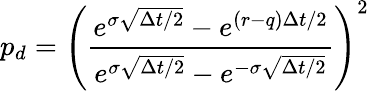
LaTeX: p_{d}=\left({\frac{e^{\sigma{\sqrt{\Delta t/2}}}-e^{(r-q)\Delta t/2}}{e^{\sigma{\sqrt{\Delta t/2}}}-e^{-\sigma{\sqrt{\Delta t/2}}}}}\right)^{2}